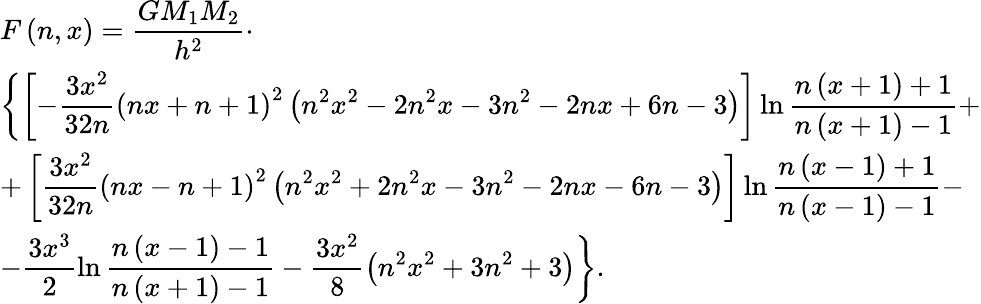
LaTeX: \begin{array}{lcl}{F\left(n,x\right)=\displaystyle\frac{GM_{1}M_{2}}{h^{2}}\cdot}\\ {\displaystyle\left\lbrace\left[-\frac{3x^{2}}{32n}\left(nx+n+1\right)^{2}\left(n^{2}x^{2}-2n^{2}x-3n^{2}-2nx+6n-3\right)\right]\ln\frac{n\left(x+1\right)+1}{n\left(x+1\right)-1}+\right.}\\ {\displaystyle+\left[\frac{3x^{2}}{32n}\left(nx-n+1\right)^{2}\left(n^{2}x^{2}+2n^{2}x-3n^{2}-2nx-6n-3\right)\right]\ln\frac{n\left(x-1\right)+1}{n\left(x-1\right)-1}-}\\ {\displaystyle\left.-\frac{3x^{3}}{2}\ln\frac{n\left(x-1\right)-1}{n\left(x+1\right)-1}-\frac{3x^{2}}{8}\left(n^{2}x^{2}+3n^{2}+3\right)\right\rbrace.}\end{array}